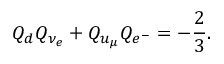
Q _ { d } Q _ { \nu _ { e } } + Q _ { u _ { \mu } } Q _ { e ^ { - } } = - { \frac { 2 } { 3 } } .